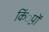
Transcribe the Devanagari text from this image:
किं्रपों